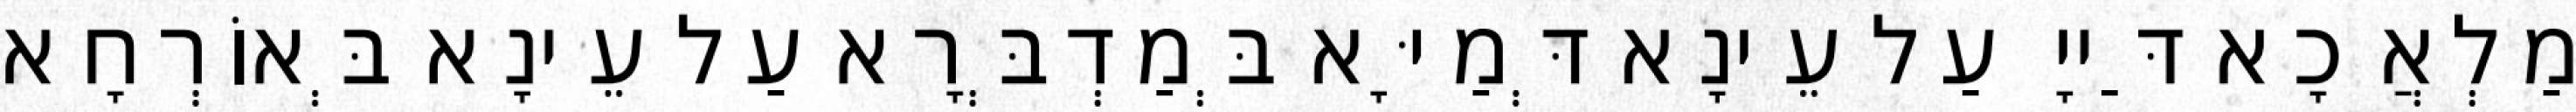
מַלְאֲכָא דַּייָ עַל עֵינָא דְּמַיָּא בְּמַדְבְּרָא עַל עֵינָא בְּאוֹרְחָא